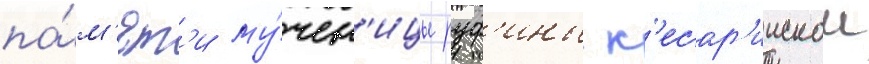
па́м'ят'и му́чен'ицы руф'ины к'есар'иискои